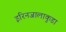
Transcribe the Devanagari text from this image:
इरिनजालाकुडा